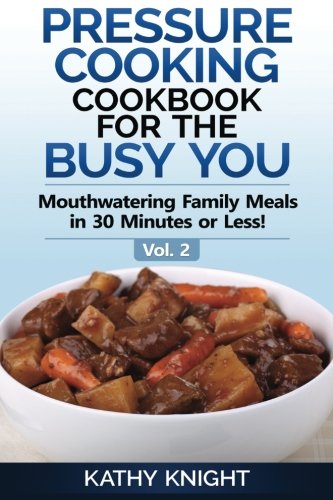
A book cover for Pressure Cooking Cookbook For The Busy You: Mouthwatering Family Meals in 30 Minutes or Less! (Pressure Cooker Cookbook) (Volume 2); Kathy Knight; Cookbooks, Food & Wine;